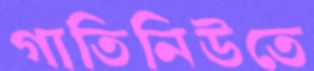
গাতিনিউতে